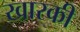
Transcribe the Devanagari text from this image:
खारकी